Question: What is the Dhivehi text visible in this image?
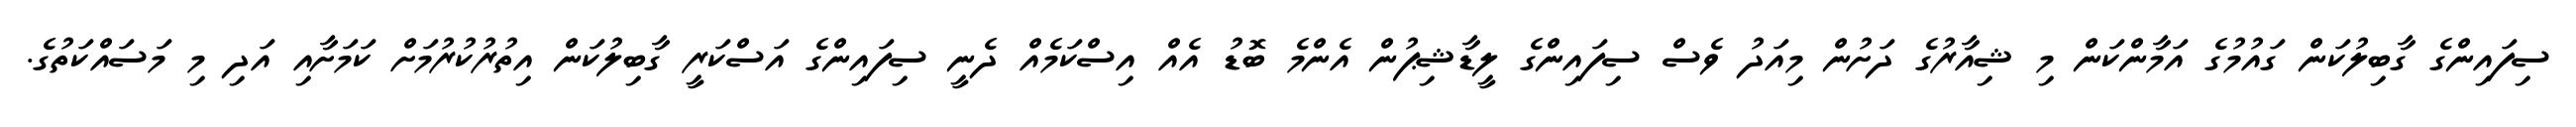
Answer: ސިފައިންގެ ގާބިލުކަން ގައުމުގެ އަމާންކަން މި ޝިއާރުގެ ދަށުން މިއަދު ވެސް ސިފައިންގެ ލީޑާޝިޕުން އެންމެ ބޮޑު އެއް އިސްކަމެއް ދެނީ ސިފައިންގެ އަސްކަރީ ގާބިލުކަން އިތުރުކުރުމަށް ކަމަށާއި އަދި މި މަސައްކަތުގެ.